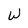
Character: W